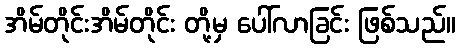
အိမ်တိုင်းအိမ်တိုင်း တို့မှ ပေါ်လာခြင်း ဖြစ်သည်။